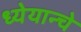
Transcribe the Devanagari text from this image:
ध्येयान्चे